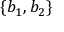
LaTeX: \{ b _ { 1 } , b _ { 2 } \}